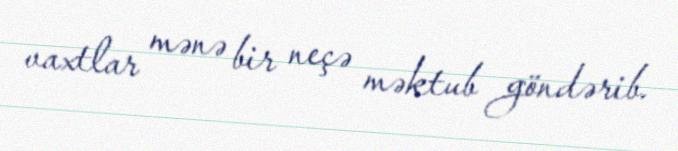
vaxtlar mənə bir neçə məktub göndərib.